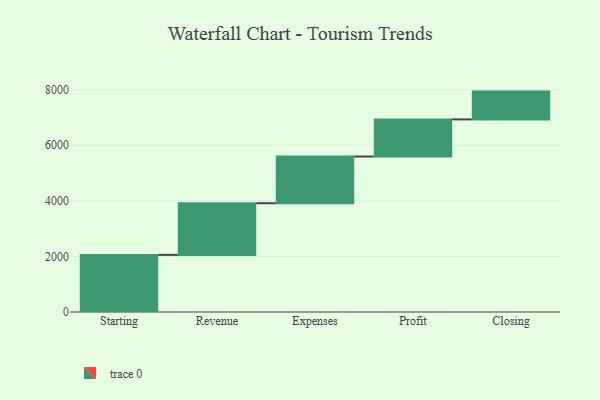
{"axis": {"x": "Step", "y": "Value"}, "legend": [""], "data": [{"x": "Starting", "y": 2055.0, "type": ""}, {"x": "Revenue", "y": 1859.0, "type": ""}, {"x": "Expenses", "y": 1681.0, "type": ""}, {"x": "Profit", "y": 1336.0, "type": ""}, {"x": "Closing", "y": 1000, "type": ""}]}